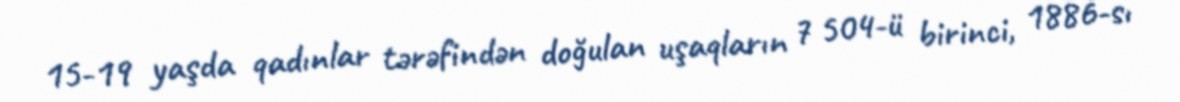
15-19 yaşda qadınlar tərəfindən doğulan uşaqların 7 504-ü birinci, 1886-sı